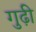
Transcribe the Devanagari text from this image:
गुढ़ी